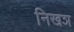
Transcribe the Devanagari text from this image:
निखञ